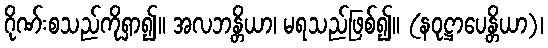
ဂိုဏ်းစသည်ကိုရှာ၍။ အလဘန္တိယာ၊ မရသည်ဖြစ်၍။ (နဝုဋ္ဌာပေန္တိယာ)၊